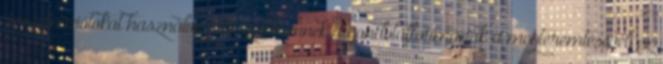
Imaginációtokat használva játsszatok ennek a gondolatformának a megteremtésével; ez